342_HS1-416511228_319.1 Flying Discs 1949
Agency: Department of War
Incident date: 1/9/50
Page 66
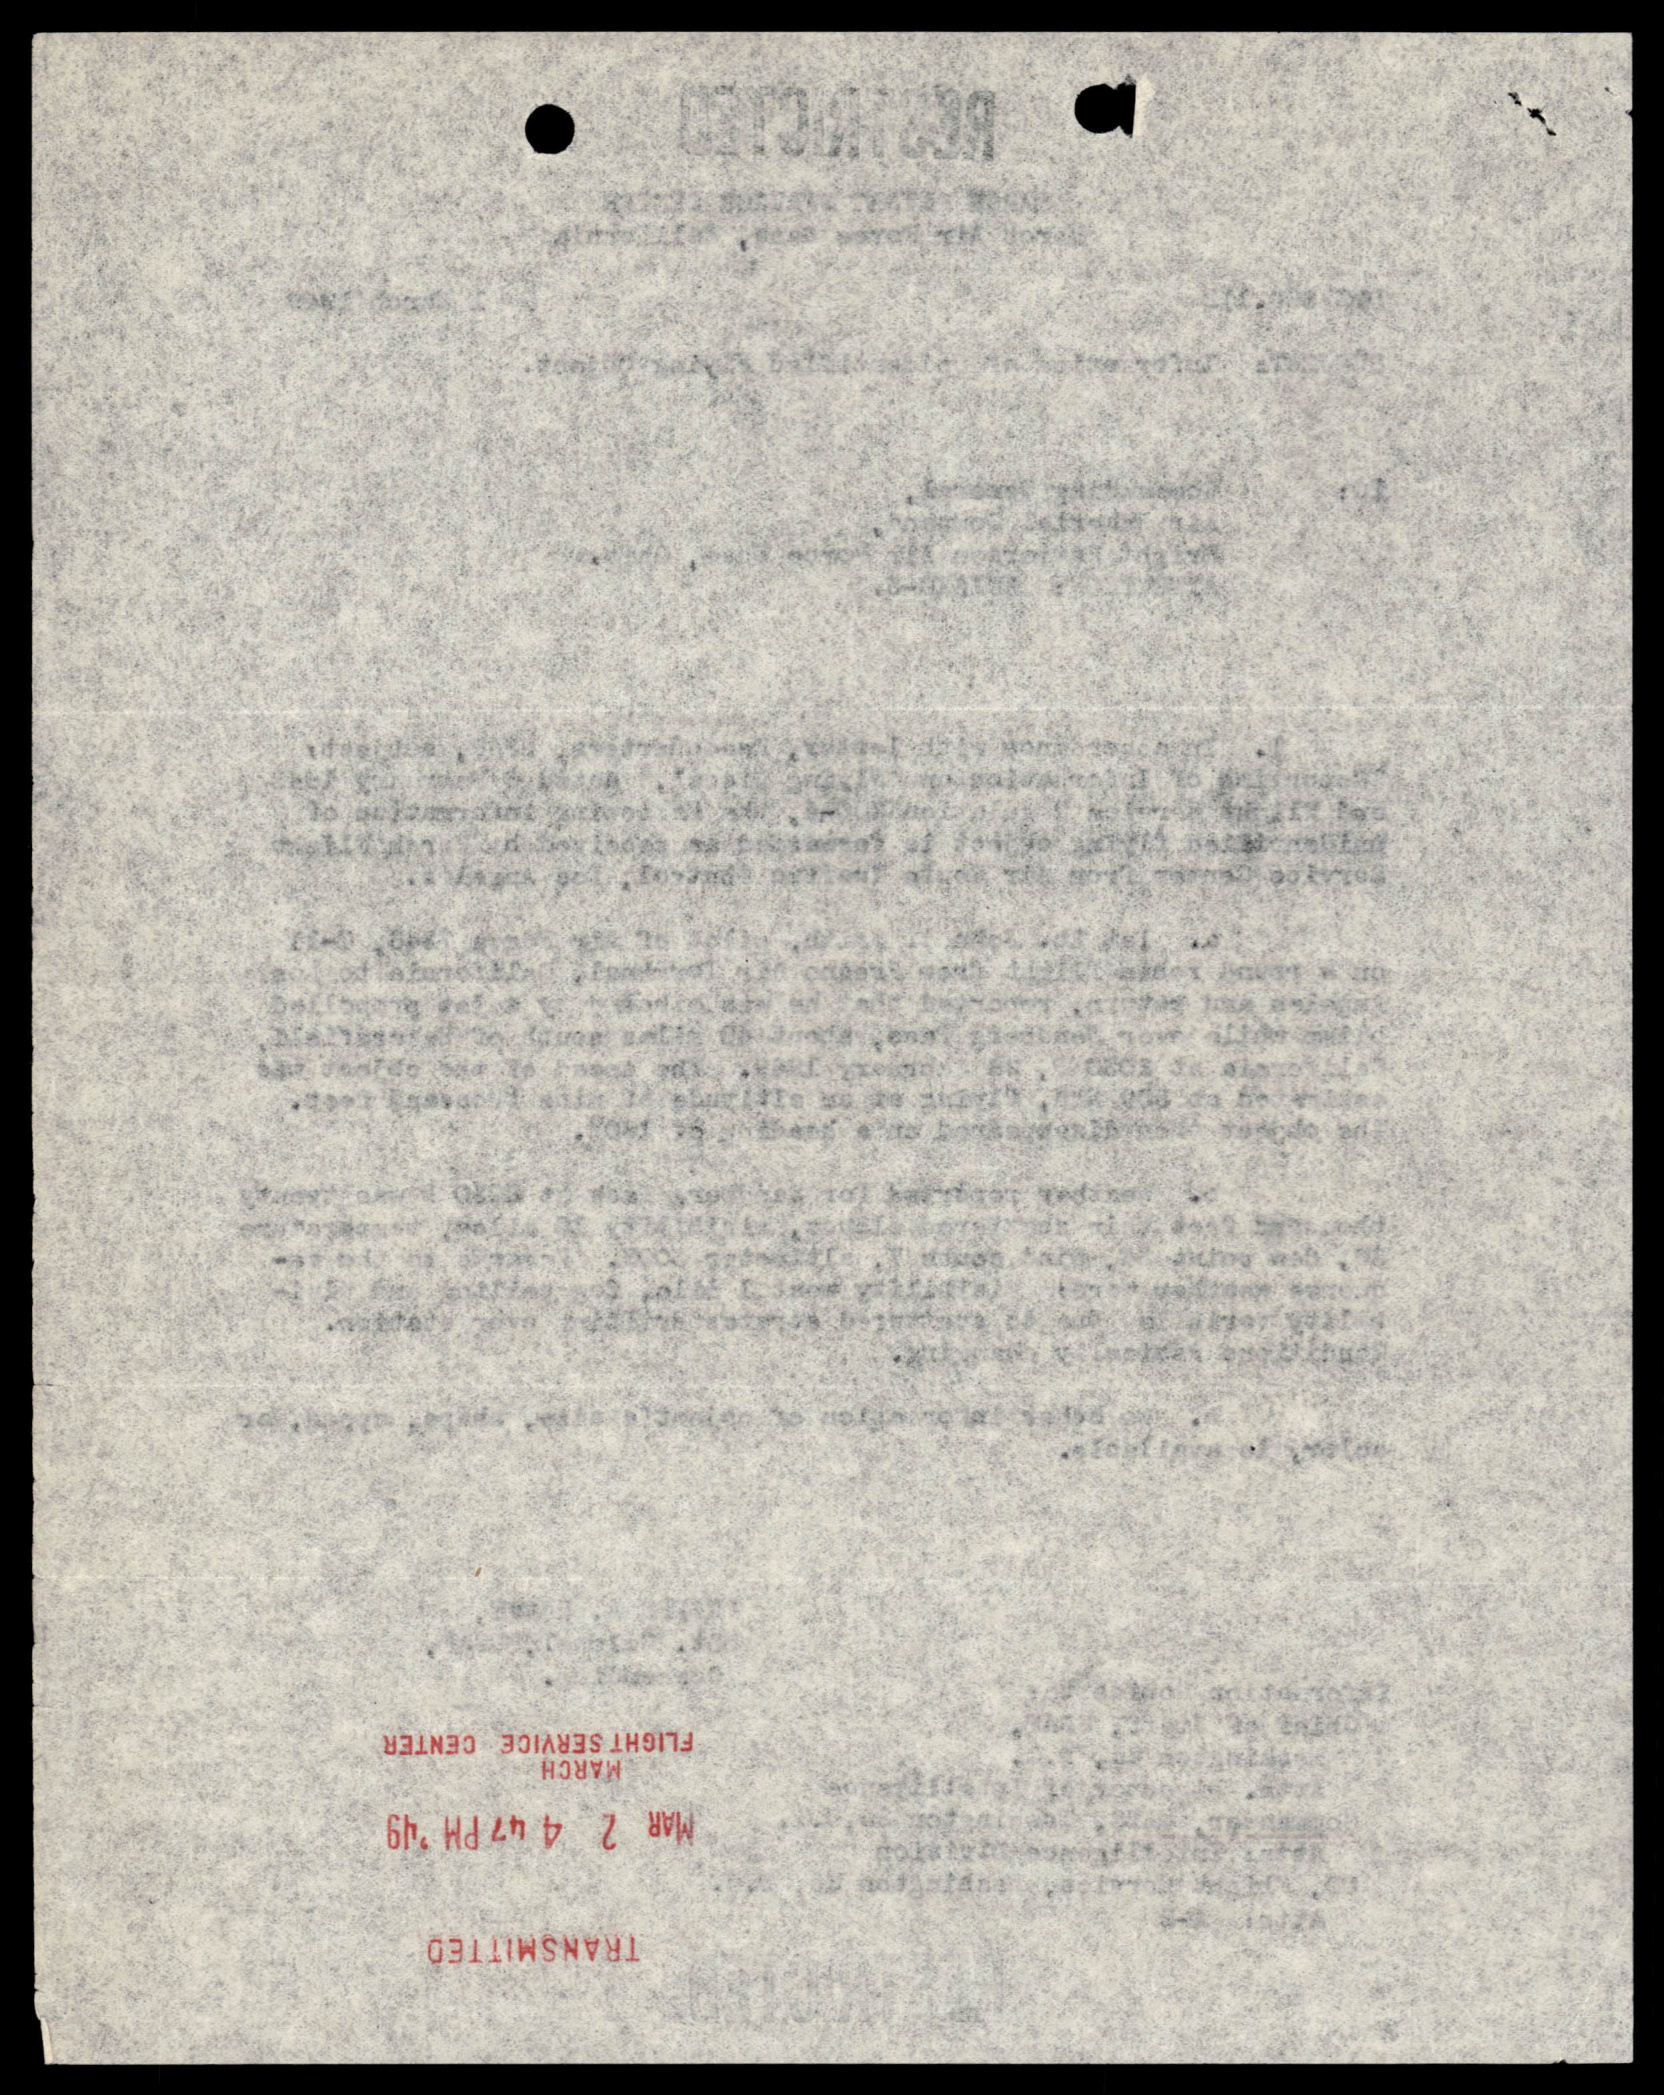